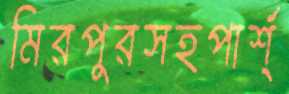
মিরপুরসহপার্শ্